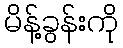
မိန့်ခွန်းကို